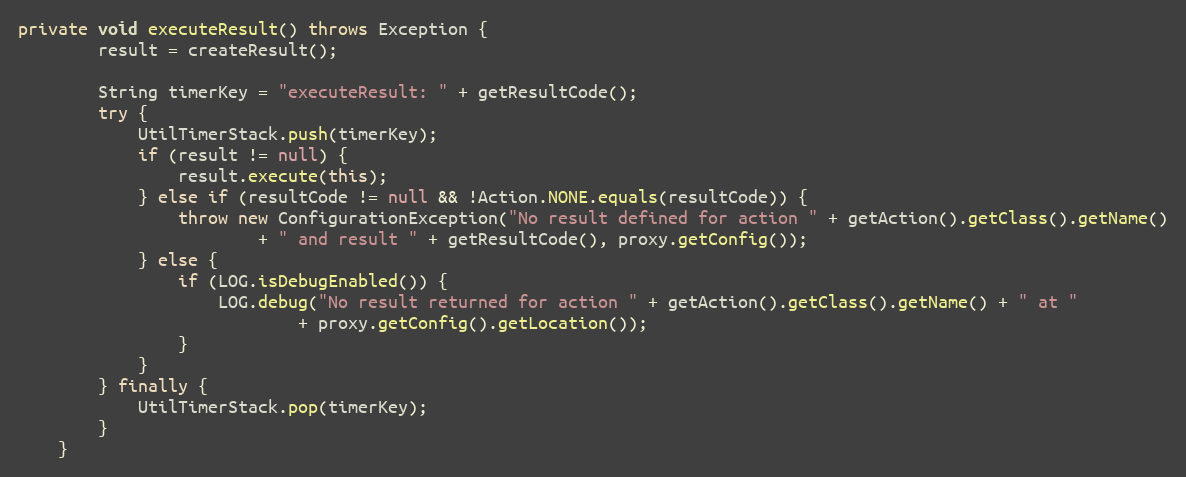
Language: Java
private void executeResult() throws Exception {
		result = createResult();

		String timerKey = "executeResult: " + getResultCode();
		try {
			UtilTimerStack.push(timerKey);
			if (result != null) {
				result.execute(this);
			} else if (resultCode != null && !Action.NONE.equals(resultCode)) {
				throw new ConfigurationException("No result defined for action " + getAction().getClass().getName()
						+ " and result " + getResultCode(), proxy.getConfig());
			} else {
				if (LOG.isDebugEnabled()) {
					LOG.debug("No result returned for action " + getAction().getClass().getName() + " at "
							+ proxy.getConfig().getLocation());
				}
			}
		} finally {
			UtilTimerStack.pop(timerKey);
		}
	}